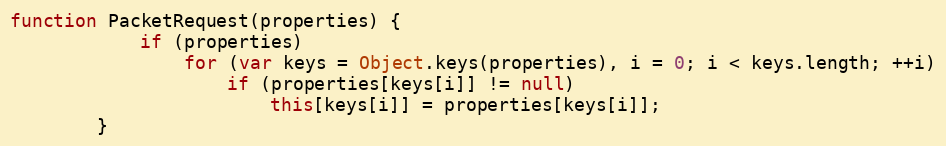
Language: JavaScript
function PacketRequest(properties) {
			if (properties)
				for (var keys = Object.keys(properties), i = 0; i < keys.length; ++i)
					if (properties[keys[i]] != null)
						this[keys[i]] = properties[keys[i]];
		}